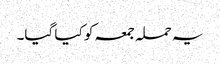
یہ حملہ جمعہ کو کیا گیا۔